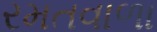
રમતવાળા